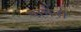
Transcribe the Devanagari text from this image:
पामेरा